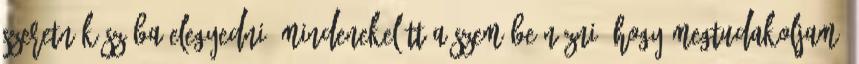
szeretnék szóba elegyedni, mindenekelőtt a szemébe nézni, hogy megtudakoljam,